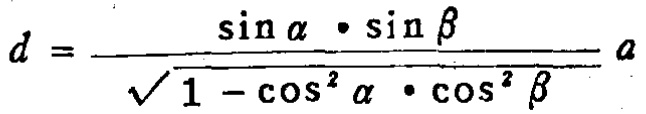
\(d = \frac{\sin \alpha \cdot \sin \beta}{\sqrt{1 - \cos^{2} \alpha \cdot \cos^{2} \beta}} a\)